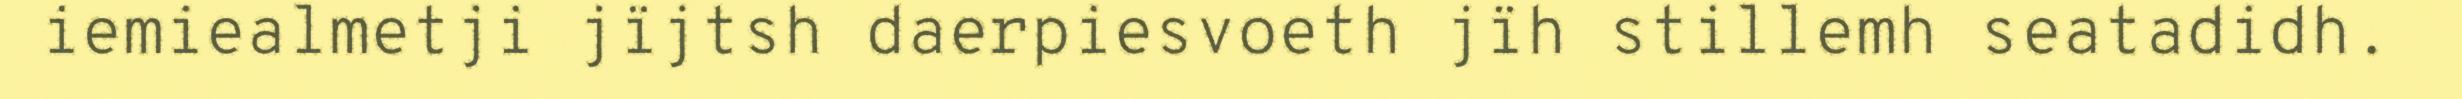
iemiealmetji jïjtsh daerpiesvoeth jïh stillemh seatadidh.